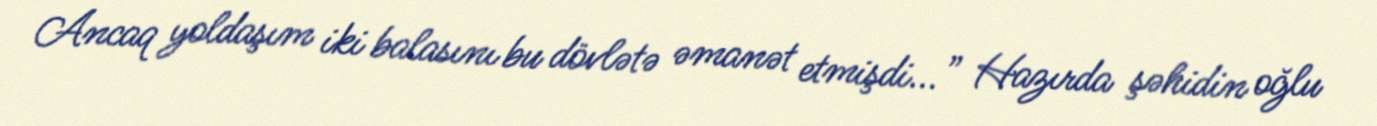
Ancaq yoldaşım iki balasını bu dövlətə əmanət etmişdi...” Hazırda şəhidin oğlu